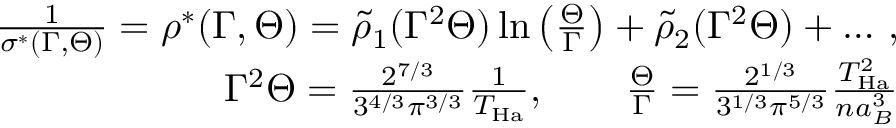
\begin{array} { r l r } & { } & { \frac { 1 } { \sigma ^ { * } ( \Gamma , \Theta ) } = \rho ^ { * } ( \Gamma , \Theta ) = \tilde { \rho } _ { 1 } ( \Gamma ^ { 2 } \Theta ) \ln \left( \frac { \Theta } { \Gamma } \right) + \tilde { \rho } _ { 2 } ( \Gamma ^ { 2 } \Theta ) + \dots \, , } \\ & { } & { \Gamma ^ { 2 } \Theta = \frac { 2 ^ { 7 / 3 } } { 3 ^ { 4 / 3 } \pi ^ { 3 / 3 } } \frac { 1 } { T _ { \mathrm { H a } } } , \qquad \frac { \Theta } { \Gamma } = \frac { 2 ^ { 1 / 3 } } { 3 ^ { 1 / 3 } \pi ^ { 5 / 3 } } \frac { T _ { \mathrm { H a } } ^ { 2 } } { n a _ { B } ^ { 3 } } } \end{array}